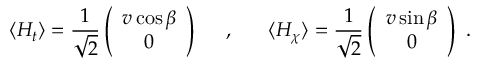
\langle H _ { t } \rangle = \frac { 1 } { \sqrt { 2 } } \left( \begin{array} { c } { { v \cos \beta } } \\ { { 0 } } \end{array} \right) \; \; \; \; \; , \; \; \; \; \; \; \langle H _ { \chi } \rangle = \frac { 1 } { \sqrt { 2 } } \left( \begin{array} { c } { { v \sin \beta } } \\ { { 0 } } \end{array} \right) ~ .